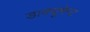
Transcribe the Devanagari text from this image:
डाक्यूमेन्ट